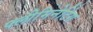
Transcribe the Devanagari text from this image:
फ्लीमिनेटिंग